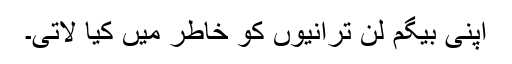
اپنی بیگم لن ترانیوں کو خاطر میں کیا لاتی۔